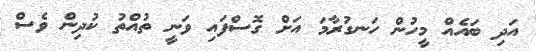
އަދި ބައެއް މީހުން ހަނގުރާމަ އަށް ގޮސްފައި ވަނީ ތުއްތު ކުދިން ވެސް